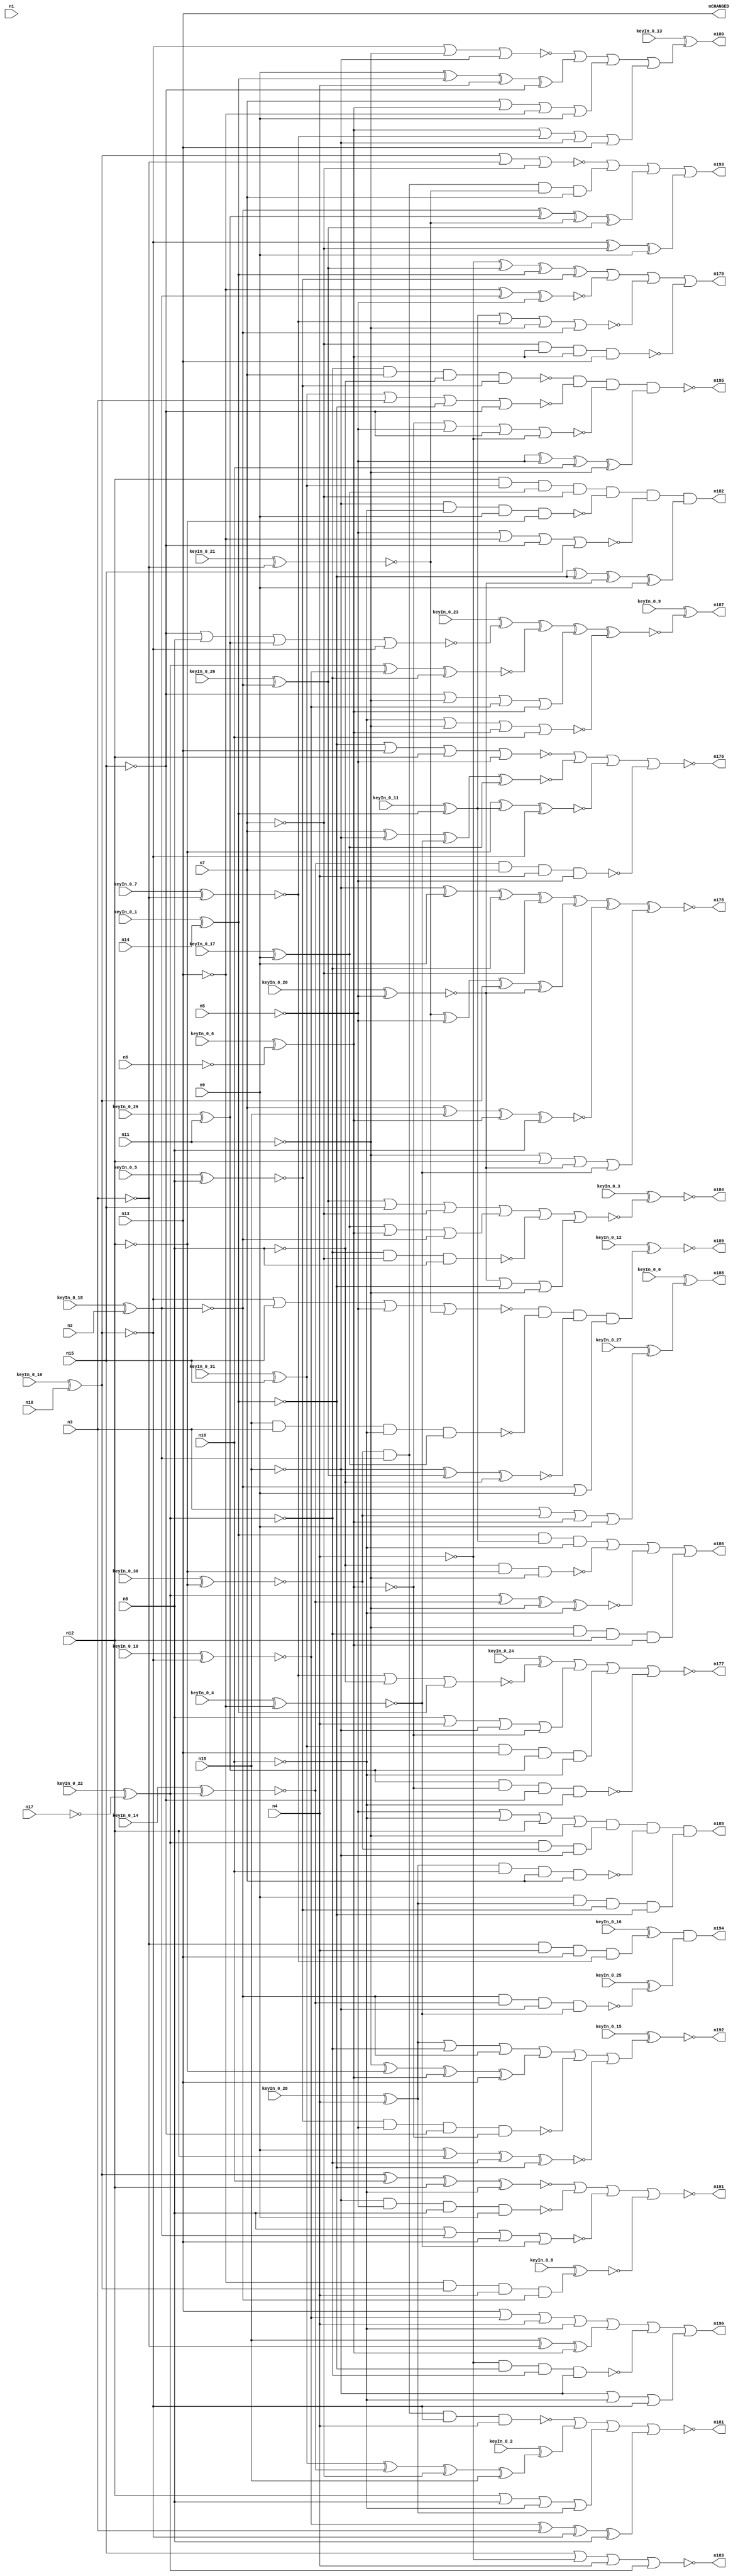


module Stat_177_411
(
  n1,
  n2,
  n3,
  n4,
  n5,
  n6,
  n7,
  n8,
  n9,
  n10,
  n11,
  n12,
  n13,
  n14,
  n15,
  n16,
  n17,
  n18,
  nCHANGED,
  n192,
  n187,
  n186,
  n177,
  n194,
  n189,
  n190,
  n195,
  n180,
  n184,
  n185,
  n179,
  n188,
  n178,
  n176,
  n193,
  n191,
  n181,
  n183,
  n182,
  keyIn_0_0,
  keyIn_0_1,
  keyIn_0_2,
  keyIn_0_3,
  keyIn_0_4,
  keyIn_0_5,
  keyIn_0_6,
  keyIn_0_7,
  keyIn_0_8,
  keyIn_0_9,
  keyIn_0_10,
  keyIn_0_11,
  keyIn_0_12,
  keyIn_0_13,
  keyIn_0_14,
  keyIn_0_15,
  keyIn_0_16,
  keyIn_0_17,
  keyIn_0_18,
  keyIn_0_19,
  keyIn_0_20,
  keyIn_0_21,
  keyIn_0_22,
  keyIn_0_23,
  keyIn_0_24,
  keyIn_0_25,
  keyIn_0_26,
  keyIn_0_27,
  keyIn_0_28,
  keyIn_0_29,
  keyIn_0_30,
  keyIn_0_31
);

  input n1;
  input n2;
  input n3;
  input n4;
  input n5;
  input n6;
  input n7;
  input n8;
  input n9;
  input n10;
  input n11;
  input n12;
  input n13;
  input n14;
  input n15;
  input n16;
  input n17;
  input n18;
  input keyIn_0_0;
  input keyIn_0_1;
  input keyIn_0_2;
  input keyIn_0_3;
  input keyIn_0_4;
  input keyIn_0_5;
  input keyIn_0_6;
  input keyIn_0_7;
  input keyIn_0_8;
  input keyIn_0_9;
  input keyIn_0_10;
  input keyIn_0_11;
  input keyIn_0_12;
  input keyIn_0_13;
  input keyIn_0_14;
  input keyIn_0_15;
  input keyIn_0_16;
  input keyIn_0_17;
  input keyIn_0_18;
  input keyIn_0_19;
  input keyIn_0_20;
  input keyIn_0_21;
  input keyIn_0_22;
  input keyIn_0_23;
  input keyIn_0_24;
  input keyIn_0_25;
  input keyIn_0_26;
  input keyIn_0_27;
  input keyIn_0_28;
  input keyIn_0_29;
  input keyIn_0_30;
  input keyIn_0_31;
  output nCHANGED;
  output n192;
  output n187;
  output n186;
  output n177;
  output n194;
  output n189;
  output n190;
  output n195;
  output n180;
  output n184;
  output n185;
  output n179;
  output n188;
  output n178;
  output n176;
  output n193;
  output n191;
  output n181;
  output n183;
  output n182;
  wire n19;
  wire n20;
  wire n21;
  wire n22;
  wire n23;
  wire n24;
  wire n25;
  wire n26;
  wire n27;
  wire n28;
  wire n29;
  wire n30;
  wire n31;
  wire n32;
  wire n33;
  wire n34;
  wire n35;
  wire n36;
  wire n37;
  wire n38;
  wire n39;
  wire n40;
  wire n41;
  wire n42;
  wire n43;
  wire n44;
  wire n45;
  wire n46;
  wire n47;
  wire n48;
  wire n49;
  wire n50;
  wire n51;
  wire n52;
  wire n53;
  wire n54;
  wire n55;
  wire n56;
  wire n57;
  wire n58;
  wire n59;
  wire n60;
  wire n61;
  wire n62;
  wire n63;
  wire n64;
  wire n65;
  wire n66;
  wire n67;
  wire n68;
  wire n69;
  wire n70;
  wire n71;
  wire n72;
  wire n73;
  wire n74;
  wire n75;
  wire n76;
  wire n77;
  wire n78;
  wire n79;
  wire n80;
  wire n81;
  wire n82;
  wire n83;
  wire n84;
  wire n85;
  wire n86;
  wire n87;
  wire n88;
  wire n89;
  wire n90;
  wire n91;
  wire n92;
  wire n93;
  wire n94;
  wire n95;
  wire n96;
  wire n97;
  wire n98;
  wire n99;
  wire n100;
  wire n101;
  wire n102;
  wire n103;
  wire n104;
  wire n105;
  wire n106;
  wire n107;
  wire n108;
  wire n109;
  wire n110;
  wire n111;
  wire n112;
  wire n113;
  wire n114;
  wire n115;
  wire n116;
  wire n117;
  wire n118;
  wire n119;
  wire n120;
  wire n121;
  wire n122;
  wire n123;
  wire n124;
  wire n125;
  wire n126;
  wire n127;
  wire n128;
  wire n129;
  wire n130;
  wire n131;
  wire n132;
  wire n133;
  wire n134;
  wire n135;
  wire n136;
  wire n137;
  wire n138;
  wire n139;
  wire n140;
  wire n141;
  wire n142;
  wire n143;
  wire n144;
  wire n145;
  wire n146;
  wire n147;
  wire n148;
  wire n149;
  wire n150;
  wire n151;
  wire n152;
  wire n153;
  wire n154;
  wire n155;
  wire n156;
  wire n157;
  wire n158;
  wire n159;
  wire n160;
  wire n161;
  wire n162;
  wire n163;
  wire n164;
  wire n165;
  wire n166;
  wire n167;
  wire n168;
  wire n169;
  wire n170;
  wire n171;
  wire n172;
  wire n173;
  wire n174;
  wire n175;
  wire KeyWire_0_0;
  wire KeyWire_0_1;
  wire KeyWire_0_2;
  wire KeyWire_0_3;
  wire KeyWire_0_4;
  wire KeyWire_0_5;
  wire KeyWire_0_6;
  wire KeyWire_0_7;
  wire KeyWire_0_8;
  wire KeyWire_0_9;
  wire KeyWire_0_10;
  wire KeyWire_0_11;
  wire KeyWire_0_12;
  wire KeyWire_0_13;
  wire KeyWire_0_14;
  wire KeyWire_0_15;
  wire KeyWire_0_16;
  wire KeyWire_0_17;
  wire KeyWire_0_18;
  wire KeyWire_0_19;
  wire KeyWire_0_20;
  wire KeyWire_0_21;
  wire KeyWire_0_22;
  wire KeyWire_0_23;
  wire KeyWire_0_24;
  wire KeyWire_0_25;
  wire KeyWire_0_26;
  wire KeyWire_0_27;
  wire KeyWire_0_28;
  wire KeyWire_0_29;
  wire KeyWire_0_30;
  wire KeyWire_0_31;

  not
  g0
  (
    n35,
    n12
  );


  buf
  g1
  (
    n29,
    n9
  );


  not
  g2
  (
    n34,
    n7
  );


  not
  g3
  (
    KeyWire_0_6,
    n6
  );


  not
  g4
  (
    n33,
    n5
  );


  not
  g5
  (
    KeyWire_0_22,
    n17
  );


  not
  g6
  (
    n26,
    n16
  );


  buf
  g7
  (
    KeyWire_0_18,
    n2
  );


  buf
  g8
  (
    n30,
    n8
  );


  not
  g9
  (
    n22,
    n3
  );


  buf
  g10
  (
    n23,
    n18
  );


  buf
  g11
  (
    KeyWire_0_1,
    n14
  );


  not
  g12
  (
    n32,
    n13
  );


  buf
  g13
  (
    n21,
    n15
  );


  buf
  g14
  (
    n31,
    n4
  );


  buf
  g15
  (
    KeyWire_0_10,
    n10
  );


  buf
  g16
  (
    n20,
    n11
  );


  buf
  g17
  (
    KeyWire_0_29,
    n20
  );


  buf
  g18
  (
    n96,
    n34
  );


  buf
  g19
  (
    n46,
    n25
  );


  buf
  g20
  (
    n99,
    n19
  );


  not
  g21
  (
    n77,
    n35
  );


  buf
  g22
  (
    KeyWire_0_14,
    n27
  );


  not
  g23
  (
    n64,
    n23
  );


  not
  g24
  (
    n40,
    n31
  );


  not
  g25
  (
    n66,
    n34
  );


  buf
  g26
  (
    n70,
    n28
  );


  buf
  g27
  (
    n63,
    n26
  );


  buf
  g28
  (
    KeyWire_0_19,
    n24
  );


  not
  g29
  (
    n81,
    n25
  );


  not
  g30
  (
    n86,
    n25
  );


  buf
  g31
  (
    n41,
    n24
  );


  not
  g32
  (
    n53,
    n32
  );


  not
  g33
  (
    n73,
    n35
  );


  not
  g34
  (
    KeyWire_0_11,
    n19
  );


  buf
  g35
  (
    n57,
    n21
  );


  buf
  g36
  (
    KeyWire_0_17,
    n29
  );


  buf
  g37
  (
    n79,
    n30
  );


  buf
  g38
  (
    KeyWire_0_20,
    n33
  );


  not
  g39
  (
    n60,
    n20
  );


  buf
  g40
  (
    n59,
    n33
  );


  not
  g41
  (
    n65,
    n21
  );


  buf
  g42
  (
    n103,
    n22
  );


  not
  g43
  (
    n97,
    n26
  );


  buf
  g44
  (
    n47,
    n26
  );


  buf
  g45
  (
    n88,
    n33
  );


  not
  g46
  (
    n89,
    n25
  );


  buf
  g47
  (
    n56,
    n34
  );


  not
  g48
  (
    n51,
    n19
  );


  not
  g49
  (
    n93,
    n30
  );


  buf
  g50
  (
    n91,
    n27
  );


  not
  g51
  (
    n95,
    n24
  );


  buf
  g52
  (
    n100,
    n32
  );


  buf
  g53
  (
    n98,
    n30
  );


  buf
  g54
  (
    KeyWire_0_7,
    n22
  );


  not
  g55
  (
    n101,
    n23
  );


  buf
  g56
  (
    KeyWire_0_4,
    n32
  );


  buf
  g57
  (
    n80,
    n35
  );


  not
  g58
  (
    n76,
    n27
  );


  not
  g59
  (
    n83,
    n20
  );


  not
  g60
  (
    n67,
    n23
  );


  buf
  g61
  (
    n42,
    n23
  );


  buf
  g62
  (
    KeyWire_0_21,
    n22
  );


  buf
  g63
  (
    n75,
    n29
  );


  buf
  g64
  (
    n61,
    n28
  );


  not
  g65
  (
    n54,
    n34
  );


  not
  g66
  (
    n49,
    n21
  );


  buf
  g67
  (
    KeyWire_0_5,
    n30
  );


  buf
  g68
  (
    n84,
    n31
  );


  buf
  g69
  (
    KeyWire_0_28,
    n31
  );


  not
  g70
  (
    n102,
    n20
  );


  buf
  g71
  (
    n43,
    n29
  );


  buf
  g72
  (
    KeyWire_0_30,
    n35
  );


  buf
  g73
  (
    n52,
    n24
  );


  buf
  g74
  (
    n39,
    n29
  );


  not
  g75
  (
    n45,
    n28
  );


  not
  g76
  (
    n94,
    n27
  );


  buf
  g77
  (
    n69,
    n31
  );


  buf
  g78
  (
    KeyWire_0_26,
    n28
  );


  buf
  g79
  (
    n71,
    n33
  );


  buf
  g80
  (
    n38,
    n19
  );


  buf
  g81
  (
    KeyWire_0_31,
    n21
  );


  buf
  g82
  (
    n37,
    n26
  );


  not
  g83
  (
    n87,
    n32
  );


  not
  g84
  (
    n72,
    n22
  );


  nor
  g85
  (
    n115,
    n52,
    n102,
    n64
  );


  nand
  g86
  (
    n153,
    n94,
    n56,
    n79
  );


  xor
  g87
  (
    n116,
    n41,
    n96,
    n43
  );


  or
  g88
  (
    n112,
    n82,
    n57,
    n96
  );


  xnor
  g89
  (
    n161,
    n64,
    n82,
    n93
  );


  or
  g90
  (
    n120,
    n62,
    n94,
    n70
  );


  or
  g91
  (
    n149,
    n44,
    n38,
    n60
  );


  nor
  g92
  (
    KeyWire_0_24,
    n58,
    n93,
    n51
  );


  nor
  g93
  (
    n129,
    n95,
    n103,
    n56
  );


  or
  g94
  (
    n165,
    n78,
    n86,
    n70
  );


  or
  g95
  (
    n108,
    n101,
    n37,
    n52
  );


  and
  g96
  (
    n172,
    n91,
    n92,
    n67
  );


  xnor
  g97
  (
    n169,
    n100,
    n45,
    n59
  );


  nand
  g98
  (
    n131,
    n93,
    n80,
    n102
  );


  xnor
  g99
  (
    n134,
    n91,
    n50,
    n76
  );


  xnor
  g100
  (
    n166,
    n80,
    n55,
    n52
  );


  nand
  g101
  (
    n158,
    n62,
    n97,
    n54,
    n66
  );


  xor
  g102
  (
    n156,
    n61,
    n90,
    n36,
    n82
  );


  and
  g103
  (
    n152,
    n92,
    n45,
    n36,
    n54
  );


  or
  g104
  (
    n163,
    n102,
    n73,
    n44,
    n74
  );


  xnor
  g105
  (
    n136,
    n43,
    n77,
    n76,
    n99
  );


  and
  g106
  (
    KeyWire_0_8,
    n100,
    n95,
    n69,
    n70
  );


  xnor
  g107
  (
    n144,
    n54,
    n42,
    n81,
    n98
  );


  xor
  g108
  (
    n130,
    n40,
    n82,
    n51,
    n85
  );


  and
  g109
  (
    n140,
    n77,
    n48,
    n78,
    n96
  );


  nand
  g110
  (
    n141,
    n42,
    n72,
    n47,
    n78
  );


  or
  g111
  (
    n133,
    n66,
    n89,
    n100,
    n39
  );


  nor
  g112
  (
    n164,
    n48,
    n72,
    n38,
    n49
  );


  and
  g113
  (
    KeyWire_0_16,
    n103,
    n84,
    n53,
    n58
  );


  or
  g114
  (
    KeyWire_0_27,
    n72,
    n92,
    n81,
    n43
  );


  xor
  g115
  (
    KeyWire_0_2,
    n48,
    n68,
    n56,
    n42
  );


  xor
  g116
  (
    n132,
    n50,
    n72,
    n41,
    n98
  );


  nand
  g117
  (
    n135,
    n68,
    n54,
    n69,
    n88
  );


  and
  g118
  (
    n148,
    n51,
    n55,
    n63
  );


  nand
  g119
  (
    KeyWire_0_25,
    n61,
    n68,
    n64,
    n74
  );


  nor
  g120
  (
    n137,
    n37,
    n83,
    n89,
    n97
  );


  xor
  g121
  (
    n118,
    n36,
    n71,
    n95,
    n44
  );


  xor
  g122
  (
    n168,
    n101,
    n39,
    n94,
    n96
  );


  or
  g123
  (
    n109,
    n87,
    n50,
    n69,
    n37
  );


  nand
  g124
  (
    n104,
    n76,
    n66,
    n93,
    n85
  );


  nand
  g125
  (
    n110,
    n40,
    n99,
    n76,
    n67
  );


  nand
  g126
  (
    n160,
    n90,
    n46,
    n65,
    n47
  );


  or
  g127
  (
    n117,
    n65,
    n83,
    n50,
    n89
  );


  xor
  g128
  (
    n123,
    n88,
    n71,
    n97,
    n83
  );


  and
  g129
  (
    n143,
    n75,
    n62,
    n85,
    n38
  );


  nand
  g130
  (
    n147,
    n85,
    n59,
    n65,
    n46
  );


  or
  g131
  (
    n119,
    n57,
    n40,
    n69,
    n91
  );


  nor
  g132
  (
    n154,
    n99,
    n53,
    n73,
    n59
  );


  xnor
  g133
  (
    n125,
    n95,
    n97,
    n77,
    n63
  );


  xor
  g134
  (
    n167,
    n83,
    n80,
    n86,
    n87
  );


  nor
  g135
  (
    n127,
    n55,
    n58,
    n60,
    n61
  );


  nor
  g136
  (
    n173,
    n41,
    n57,
    n71,
    n36
  );


  xnor
  g137
  (
    n146,
    n66,
    n101,
    n74,
    n78
  );


  xor
  g138
  (
    n157,
    n39,
    n51,
    n84,
    n49
  );


  nor
  g139
  (
    n151,
    n46,
    n88,
    n65,
    n40
  );


  or
  g140
  (
    n124,
    n86,
    n58,
    n101,
    n87
  );


  and
  g141
  (
    n139,
    n60,
    n94,
    n73,
    n81
  );


  and
  g142
  (
    n113,
    n48,
    n87,
    n90,
    n47
  );


  xnor
  g143
  (
    n128,
    n91,
    n68,
    n102,
    n37
  );


  nor
  g144
  (
    KeyWire_0_23,
    n49,
    n79,
    n90,
    n52
  );


  or
  g145
  (
    n106,
    n88,
    n63,
    n73,
    n60
  );


  nor
  g146
  (
    n175,
    n98,
    n45,
    n53,
    n74
  );


  or
  g147
  (
    n145,
    n61,
    n70,
    n75
  );


  nand
  g148
  (
    n107,
    n64,
    n59,
    n79,
    n43
  );


  nand
  g149
  (
    n105,
    n45,
    n92,
    n41,
    n84
  );


  nor
  g150
  (
    n150,
    n71,
    n100,
    n49,
    n57
  );


  or
  g151
  (
    n174,
    n98,
    n84,
    n67,
    n46
  );


  nand
  g152
  (
    n114,
    n56,
    n81,
    n89,
    n53
  );


  xor
  g153
  (
    n111,
    n42,
    n103,
    n86
  );


  xor
  g154
  (
    n159,
    n38,
    n99,
    n44,
    n75
  );


  or
  g155
  (
    n138,
    n77,
    n79,
    n63,
    n62
  );


  nand
  g156
  (
    n121,
    n67,
    n47,
    n39,
    n80
  );


  not
  g157
  (
    n183,
    n119
  );


  not
  g158
  (
    KeyWire_0_0,
    n122
  );


  and
  g159
  (
    n194,
    n162,
    n126
  );


  nand
  g160
  (
    n195,
    n104,
    n164,
    n151,
    n123
  );


  and
  g161
  (
    KeyWire_0_12,
    n173,
    n141,
    n161,
    n145
  );


  or
  g162
  (
    n186,
    n148,
    n131,
    n128,
    n139
  );


  nor
  g163
  (
    KeyWire_0_3,
    n112,
    n165,
    n153,
    n149
  );


  nor
  g164
  (
    n177,
    n171,
    n174,
    n113,
    n160
  );


  xnor
  g165
  (
    KeyWire_0_9,
    n155,
    n134,
    n117,
    n137
  );


  nor
  g166
  (
    n181,
    n105,
    n142,
    n138,
    n132
  );


  nor
  g167
  (
    n176,
    n154,
    n146,
    n166,
    n135
  );


  or
  g168
  (
    n193,
    n129,
    n152,
    n156,
    n116
  );


  or
  g169
  (
    n179,
    n130,
    n169,
    n127,
    n114
  );


  xnor
  g170
  (
    n178,
    n168,
    n118,
    n144,
    n163
  );


  or
  g171
  (
    n190,
    n109,
    n111,
    n110,
    n108
  );


  or
  g172
  (
    KeyWire_0_13,
    n115,
    n157,
    n133,
    n124
  );


  and
  g173
  (
    n182,
    n140,
    n121,
    n150,
    n159
  );


  or
  g174
  (
    KeyWire_0_15,
    n120,
    n167,
    n147,
    n136
  );


  nor
  g175
  (
    n191,
    n125,
    n107,
    n175,
    n170
  );


  and
  g176
  (
    n185,
    n106,
    n172,
    n158,
    n143
  );


  buf
  g177
  (
    nCHANGED,
    n13
  );


  xor
  KeyGate_0_0
  (
    n188,
    keyIn_0_0,
    KeyWire_0_0
  );


  xnor
  KeyGate_0_1
  (
    n19,
    keyIn_0_1,
    KeyWire_0_1
  );


  xor
  KeyGate_0_2
  (
    n142,
    keyIn_0_2,
    KeyWire_0_2
  );


  xnor
  KeyGate_0_3
  (
    n184,
    keyIn_0_3,
    KeyWire_0_3
  );


  xnor
  KeyGate_0_4
  (
    n74,
    keyIn_0_4,
    KeyWire_0_4
  );


  xnor
  KeyGate_0_5
  (
    n85,
    keyIn_0_5,
    KeyWire_0_5
  );


  xnor
  KeyGate_0_6
  (
    n25,
    keyIn_0_6,
    KeyWire_0_6
  );


  xnor
  KeyGate_0_7
  (
    n58,
    keyIn_0_7,
    KeyWire_0_7
  );


  xnor
  KeyGate_0_8
  (
    n170,
    keyIn_0_8,
    KeyWire_0_8
  );


  xor
  KeyGate_0_9
  (
    n187,
    keyIn_0_9,
    KeyWire_0_9
  );


  xnor
  KeyGate_0_10
  (
    n24,
    keyIn_0_10,
    KeyWire_0_10
  );


  xor
  KeyGate_0_11
  (
    n55,
    keyIn_0_11,
    KeyWire_0_11
  );


  xnor
  KeyGate_0_12
  (
    n189,
    keyIn_0_12,
    KeyWire_0_12
  );


  xor
  KeyGate_0_13
  (
    n180,
    keyIn_0_13,
    KeyWire_0_13
  );


  xnor
  KeyGate_0_14
  (
    n68,
    keyIn_0_14,
    KeyWire_0_14
  );


  xnor
  KeyGate_0_15
  (
    n192,
    keyIn_0_15,
    KeyWire_0_15
  );


  xor
  KeyGate_0_16
  (
    n162,
    keyIn_0_16,
    KeyWire_0_16
  );


  xor
  KeyGate_0_17
  (
    n78,
    keyIn_0_17,
    KeyWire_0_17
  );


  xnor
  KeyGate_0_18
  (
    n28,
    keyIn_0_18,
    KeyWire_0_18
  );


  xnor
  KeyGate_0_19
  (
    n50,
    keyIn_0_19,
    KeyWire_0_19
  );


  xnor
  KeyGate_0_20
  (
    n44,
    keyIn_0_20,
    KeyWire_0_20
  );


  xnor
  KeyGate_0_21
  (
    n36,
    keyIn_0_21,
    KeyWire_0_21
  );


  xor
  KeyGate_0_22
  (
    n27,
    keyIn_0_22,
    KeyWire_0_22
  );


  xor
  KeyGate_0_23
  (
    n155,
    keyIn_0_23,
    KeyWire_0_23
  );


  xor
  KeyGate_0_24
  (
    n171,
    keyIn_0_24,
    KeyWire_0_24
  );


  xor
  KeyGate_0_25
  (
    n126,
    keyIn_0_25,
    KeyWire_0_25
  );


  xor
  KeyGate_0_26
  (
    n82,
    keyIn_0_26,
    KeyWire_0_26
  );


  xnor
  KeyGate_0_27
  (
    n122,
    keyIn_0_27,
    KeyWire_0_27
  );


  xor
  KeyGate_0_28
  (
    n62,
    keyIn_0_28,
    KeyWire_0_28
  );


  xor
  KeyGate_0_29
  (
    n90,
    keyIn_0_29,
    KeyWire_0_29
  );


  xnor
  KeyGate_0_30
  (
    n92,
    keyIn_0_30,
    KeyWire_0_30
  );


  xor
  KeyGate_0_31
  (
    n48,
    keyIn_0_31,
    KeyWire_0_31
  );


endmodule